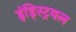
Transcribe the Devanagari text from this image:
इंड्स्ट्रियल